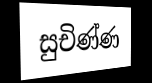
සුචිණ්ණ